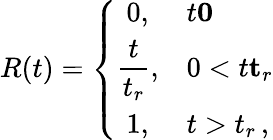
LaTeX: R(t)=\left\{ \begin{array}{cl}{0,}&{t\le 0}\\ {\displaystyle\frac{t}{t_{r}},}&{0<t\le t_{r}}\\ {1,}&{t>t_{r}\, ,}\end{array}\right.